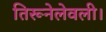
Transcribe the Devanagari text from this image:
तिरूनेलेवली।